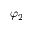
\varphi _ { 2 }